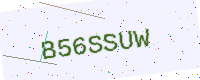
Text: B56SSUW